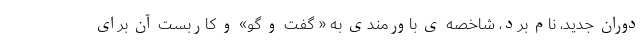
دوران جدید، نام برد، شاخصه ی باورمندی به « گفت و گو» و کاربست آن برای